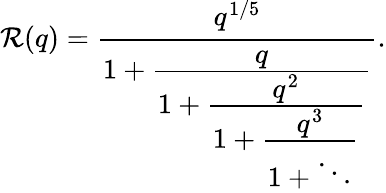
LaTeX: \mathcal{R}(q)={\cfrac{q^{1/5}}{1+{\cfrac{q}{1+{\cfrac{q^{2}}{1+{\cfrac{q^{3}}{1+\ddots}}}}}}}}.